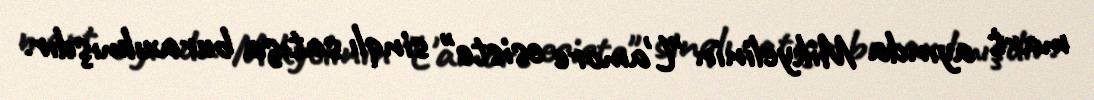
mart ayında Mikyelinin "L'amore esiste" sinqlı satışa buraxılmışdır.